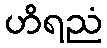
ဟိရညံ